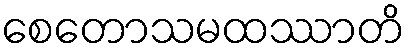
စေတောသမထဿာတိ